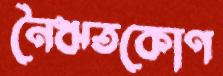
নৈঋতকোণ